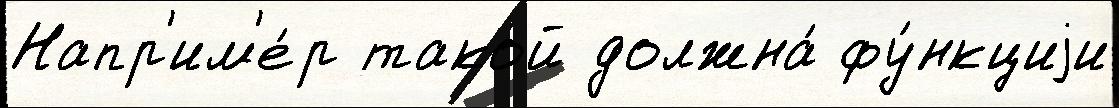
Напр'им'е́р такой должна́ фу́нкциjи